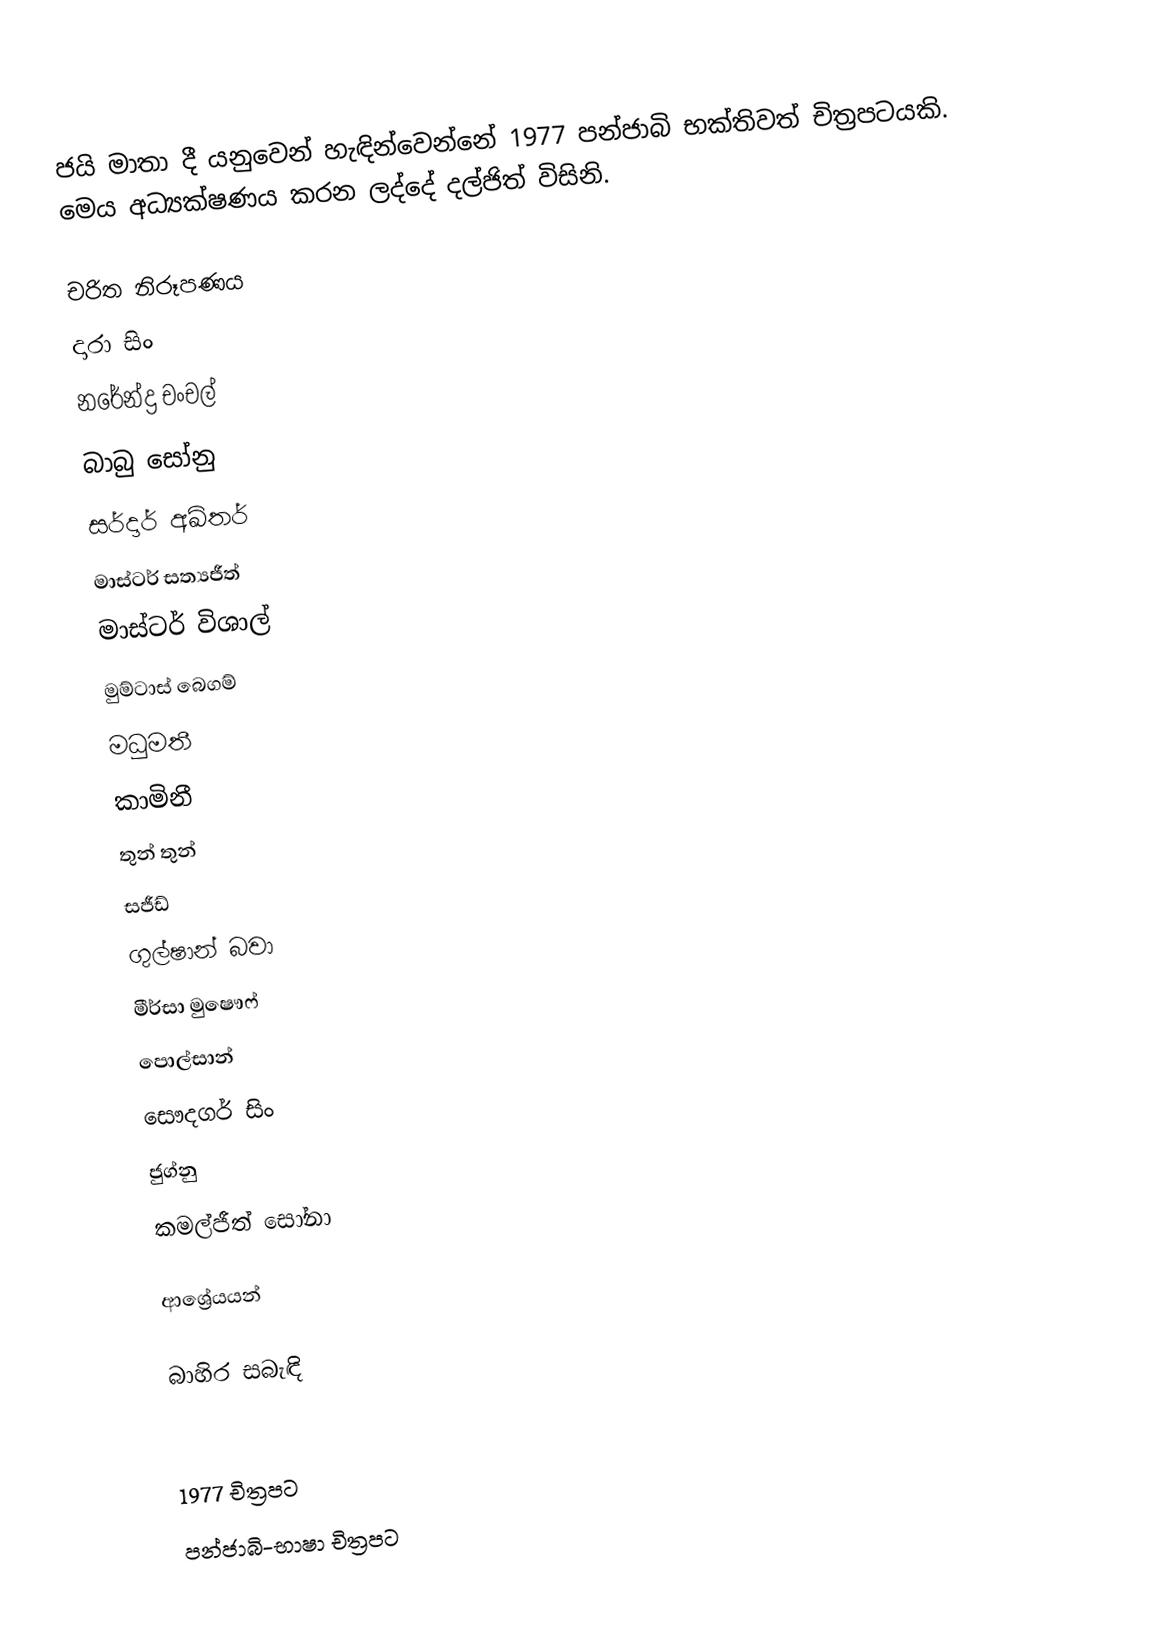
ජයි මාතා දී යනුවෙන් හැඳින්වෙන්නේ 1977 පන්ජාබි භක්තිවත් චිත්‍රපටයකි. මෙය අධ්‍යක්ෂණය කරන ලද්දේ දල්ජිත් විසිනි.

චරිත නිරූපණය
දාරා සිං
නරේන්ද්‍ර චංචල්
බාබු සෝනු
සර්දාර් අඛ්තර්
මාස්ටර් සත්‍යජීත්
මාස්ටර් විශාල්
මුම්ටාස් බෙගම්
මධුමතී
කාමිනී
තුන් තුන්
සජීඩ්
ගුල්ෂාන් බවා
මීර්සා මුෂෞෆ්
පොල්සාන්
සෞදගර් සිං
ජුග්නු
කමල්ජීත් සෝනා

ආශ්‍රේයයන්

බාහිර සබැඳි

1977 චිත්‍රපට
පන්ජාබි-භාෂා චිත්‍රපට